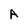
Character: A